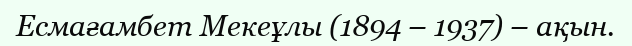
Есмағамбет Мекеұлы (1894 – 1937) – ақын.